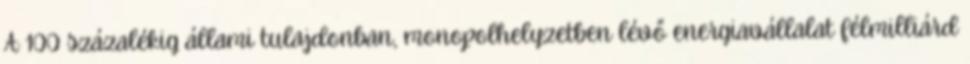
A 100 százalékig állami tulajdonban, monopolhelyzetben lévő energiavállalat félmilliárd